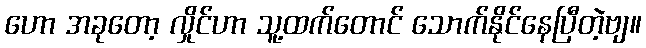
ဟော အခုတော့ လှိုင်ဟာ သူ့ထက်တောင် သောက်နိုင်နေပြီတဲ့ဗျ။